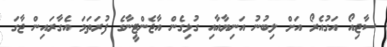
ސާޖިއޯ އަގުއެރޯ އަށް ލިބުނު އަނިޔާއާއި ގުޅިގެން އާޖެންޓީނާގެ ފުރަތަމަ އެގާރައިން ޖާގަ